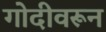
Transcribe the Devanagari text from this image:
गोदीवरून